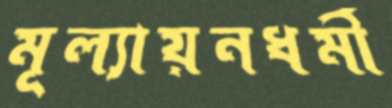
মূল্যায়নধর্মী